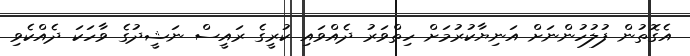
އެގޮތުން ފުލުހުންނަށް އަނިޔާކުރުމަށް ހިތްވަރު ދެއްވައި ކުރީގެ ރައީސް ނަޝީދުގެ ވާހަކަ ދެއްކެވި